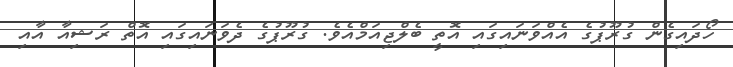
ހޯދައިގެން ގުރޫޕުގެ އެއްވަނައިގައި އޮތީ ބެލްޖިއަމްއެވެ. ގުރޫޕުގެ ދެވަނައިގައި އޮތް ރަޝިއާ އާއި